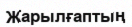
Жарылғаптың